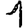
Digit: 1